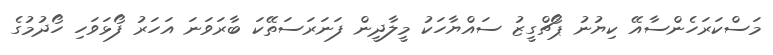
މަސްކަރަހެންސާއޭ ކިޔުނު ޕޯޗްގީޒު ސައްޔާހަކު މީލާދީން ފަނަރަސަތޭކަ ބާރަވަނަ އަހަރު ފޯޅަވަހި ހޯދުމުގެ